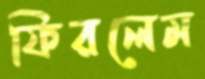
ফিরলেম